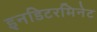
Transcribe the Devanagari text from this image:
इनडिटरमिनेट